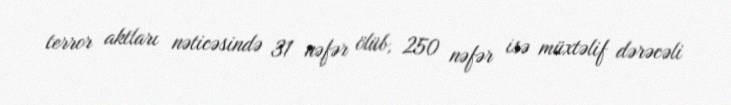
terror aktları nəticəsində 31 nəfər ölüb, 250 nəfər isə müxtəlif dərəcəli